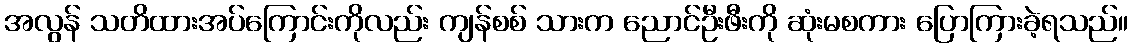
အလွန် သတိထားအပ်ကြောင်းကိုလည်း ကျန်စစ် သားက ညောင်ဦးဖီးကို ဆုံးမစကား ပြောကြားခဲ့ရသည်။